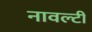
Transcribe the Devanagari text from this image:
नावल्‍टी